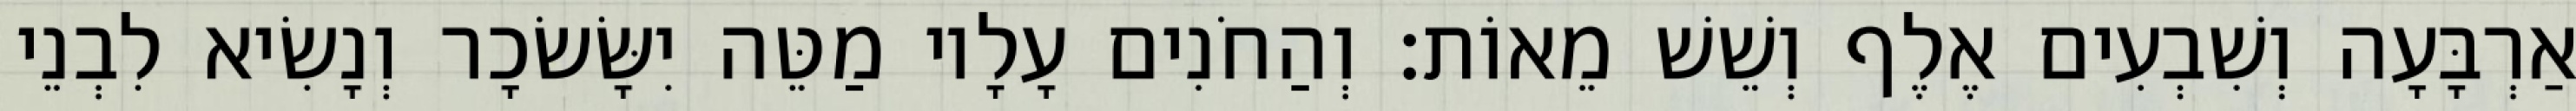
אַרְבָּעָה וְשִׁבְעִים אֶלֶף וְשֵׁשׁ מֵאוֹת׃ וְהַחֹנִים עָלָיו מַטֵּה יִשָּׂשׂכָר וְנָשִׂיא לִבְנֵי